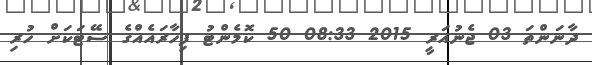
ދާނަންތަ 03 ޖެނުއަރީ 2015 08:33 50 ކޮމެންޓު ފިހާރައެއްގެ ސޭޓަކަށް ހުރި